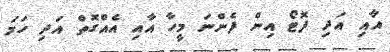
އާއި އަދި ފޮޓޯ އިން ފެންނަ މީހާ އާއި އެއްގޮތް އަދި ހަމަ